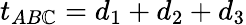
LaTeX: t_{AB\mathbb{C}}=d_{1}+d_{2}+d_{3}